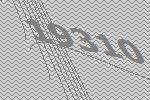
19310